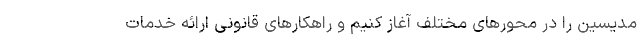
مدیسین را در محورهای مختلف آغاز کنیم و راهکارهای قانونی ارائه خدمات